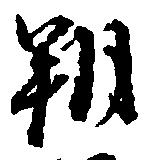
朔